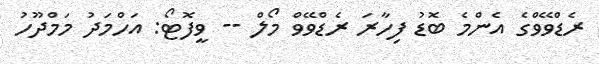
ރެޑްވޭވްގެ އެންމެ ބޮޑު ފިހާރަ ރެޑްވޭވް މޯލް -- ވީފޮޓޯ: އަހްމަދު މަމްދޫހު